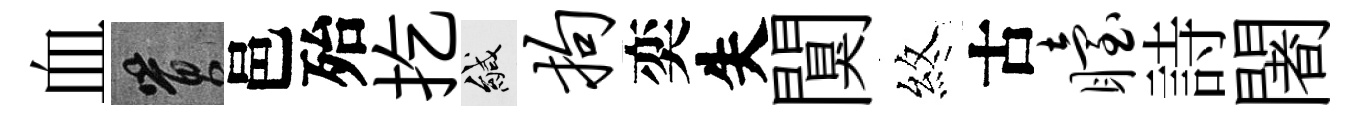
血篔邑殆扢緘拘奕失闃煞古眙詩闍